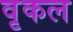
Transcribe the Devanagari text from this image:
वृकल